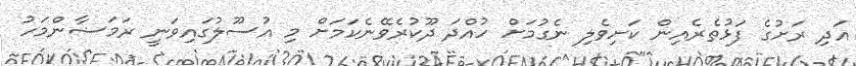
އަދި ރަށުގެ ފަޅުތެރެއިން ކަށިވެލި ނެގުމަށް ހުއްދަ ދޫކުރެވޭނެކަމަށް މި އުސޫލުގައިވަނީ ރަމަޟާންމަހު